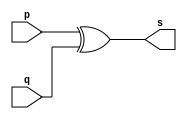
// ------------------------- 
// Exemplo0004 - xor
// Nome: Rama Alvim Sales Schiavo 
// ------------------------- 
// ------------------------- 
// -- xor gate
// ------------------------- 
module xorgate (output [0:3] s,
							 input [0:3] p,
							 input [0:3] q); 
assign s = p ^ q;  
endmodule // xor 
// ------------------------- 
// -- test xor gate 
// ------------------------- 
module testxorgate; 
// ------------------------- dados locais 
reg [0:3] a,b; // definir registradores
wire[0:3] s; // definir conexao (fio) 
// (variavel dependente ) 
// ------------------------- instancia 
xorgate XOR1 (s, a, b); 
// ------------------------- preparacao 
initial begin:start 
a=4'b0011; // 4 valores binarios
b=4'b0101; // 4 valores binarios
end 
// ------------------------- parte principal 
initial begin:main
	$display("Exemplo 0005 - Rama Alvim Sales Schiavo - 305056"); 
	$display("Test xor gate:"); 
	$display("\n a ^ b = s\n"); 
	$monitor("%b^%b = %b", a, b, s);
	a=0; b=0;										// valores decimais
#1 a=4'b0010; b=4'b0001; 				// valores  binarios
#1 a=4'd1;		b=3;						// decimal e decimal
#1 a=4'd1;		b=2;						// octal e decimal
#1 a=4'o5;		b=2;						// hexadecimal e decimal
#1 a=4'hA;		b=3;						//hexadecimal e decimal
#1 a=4'h9;		b=4'o3;					//hexadecimal e octal


end 
endmodule // testbuffer